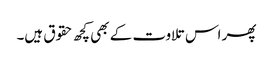
پھر اس تلاوت کے بھی کچھ حقوق ہیں۔